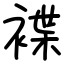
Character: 褋